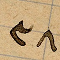
٣٨